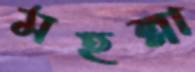
মহল্লা